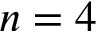
n = 4